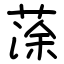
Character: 蒤